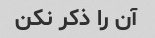
آن را ذکر نکن